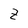
Character: Z